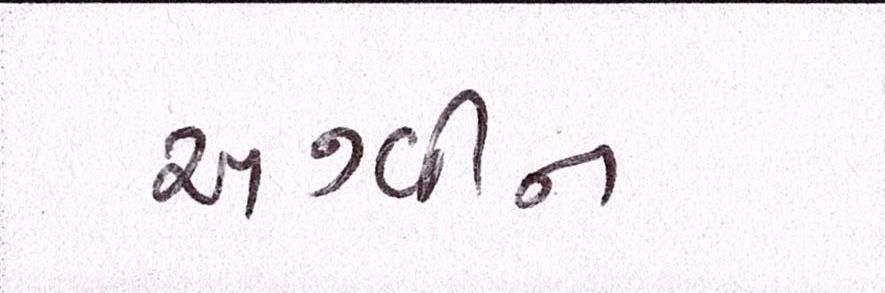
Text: અશ્વીન